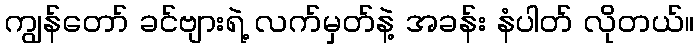
ကျွန်တော် ခင်ဗျားရဲ့ လက်မှတ်နဲ့ အခန်း နံပါတ် လိုတယ်။